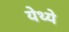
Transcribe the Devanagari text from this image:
येथ्ये